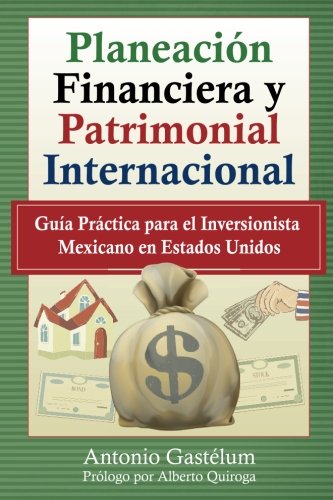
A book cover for PlaneaciÃ³n Financiera y Patrimonial Internacional: GuÃ­a PrÃ¡ctica para el Inversionista Mexicano en Estados Unidos (Spanish Edition); Antonio GastÃ©lum; Law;